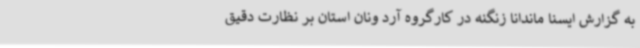
به گزارش ایسنا ماندانا زنگنه در کارگروه آرد ونان استان بر نظارت دقیق